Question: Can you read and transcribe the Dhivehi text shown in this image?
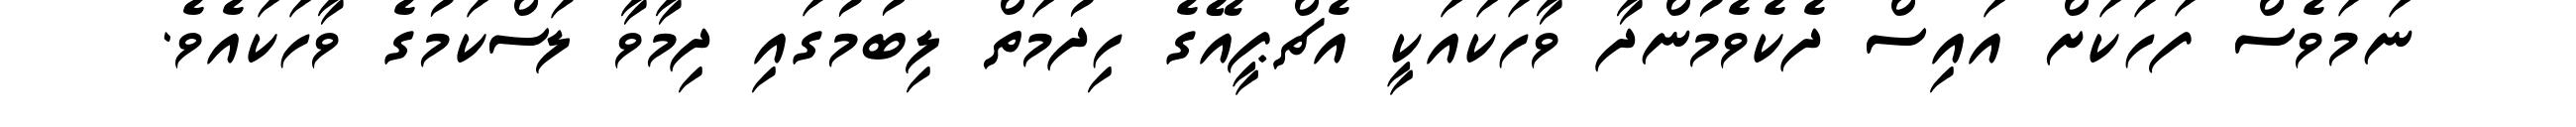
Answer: ނަމަވެސް ފަހަކަށް އައިސް ދެކެވެމުންދާ ވާހަކައަކީ އެޗްޕީއޭގެ ހިދުމަތް ލިބުމުގައި ދިމާވާ ލަސްކަމުގެ ވާހަކައެވެ.